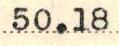
50.18